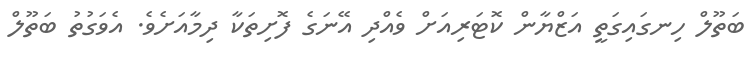
ބަތޫލް ހިނގައިގަތީ އަޒްޔާން ކޮޓަރިއަށް ވެއްދި އޭނަގެ ފޮށިތަކާ ދިމާއަށެވެ. އެވަގުތު ބަތޫލް